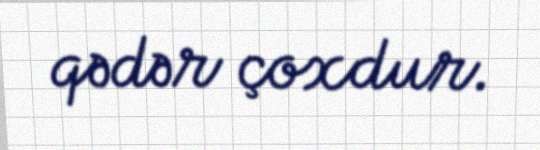
qədər çoxdur.